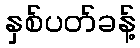
နှစ်ပတ်ခန့်